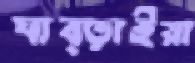
ঘাব্‌ড়াইয়া